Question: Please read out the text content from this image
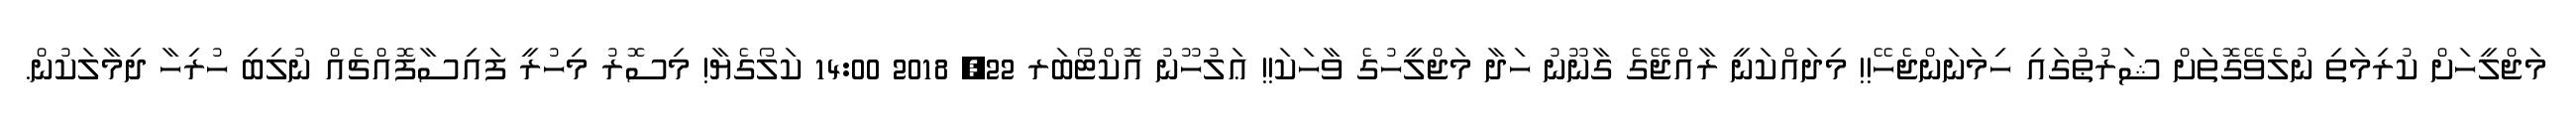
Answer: މަޖްލީހަށް ކުރިމަތި ނުލެވޭގޮތަށް ޝަރުޠުގައި ހިމަނަންޖެހޭ!! މިދައްކަނީ ރާއްޖޭގެ ގާނޫނު ހަދާ މަޖްލީހުގެ ވާހަކަ!! ޢަލުހޫނު އޮކްޓޯބަރ 22, 2018 14:00 ކަލޯގެޔާ! މިސޮރު މިހުރީ ފައިސާފޮއްޗެއް ނުލިބި ހުރިހާ ދިމާލަކުން.